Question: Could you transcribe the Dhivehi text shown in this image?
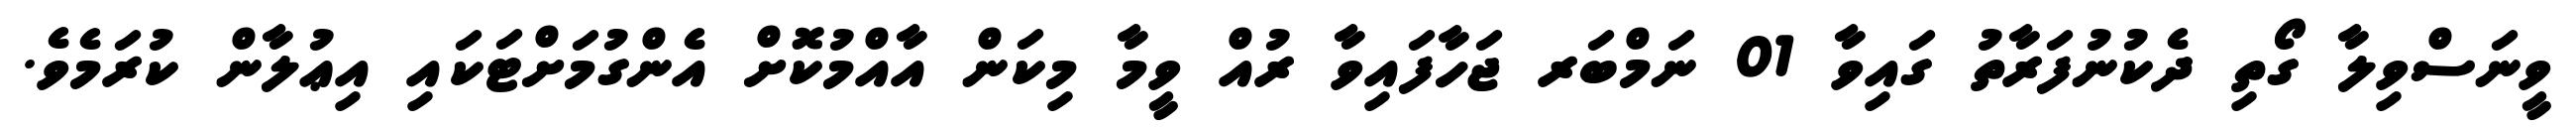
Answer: ވީނަސްވިލާ ގޯތި ދެކުނުފަރާތު ގައިވާ 01 ނަމްބަރ ޖަހާފައިވާ ރުއް ވީމާ މިކަން އާއްމުކޮށް އެންގުމަށްޓަކައި އިޢުލާން ކުރަމެވެ.